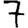
Digit: 7